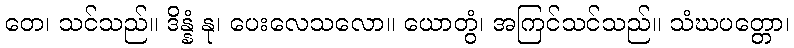
တေ၊ သင်သည်။ ဒိန္နံ နု၊ ပေးလေသလော။ ယောတွံ၊ အကြင်သင်သည်။ သံဃပတ္တော၊